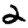
Digit: 2